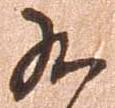
九